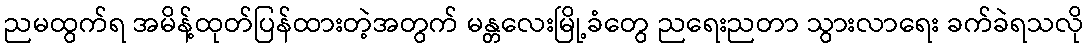
ညမထွက်ရ အမိန့်ထုတ်ပြန်ထားတဲ့အတွက် မန္တလေးမြို့ခံတွေ ညရေးညတာ သွားလာရေး ခက်ခဲရသလို